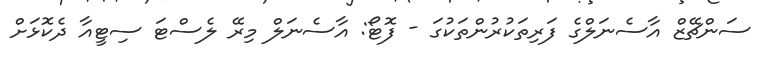
ސަންޗޭޒް އާސެނަލްގެ ފަރިތަކުރުންތަކުގަ - ފޮޓޯ: އާސެނަލް މިރޭ ލެސްޓަ ސިޓީއާ ދެކޮޅަށް